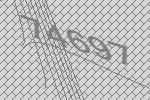
74697